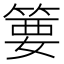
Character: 𱸍